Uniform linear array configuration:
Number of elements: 16
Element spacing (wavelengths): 0.75
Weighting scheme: uniform
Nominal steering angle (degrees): -30
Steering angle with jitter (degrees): -30.656
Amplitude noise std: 0.05
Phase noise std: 0.05

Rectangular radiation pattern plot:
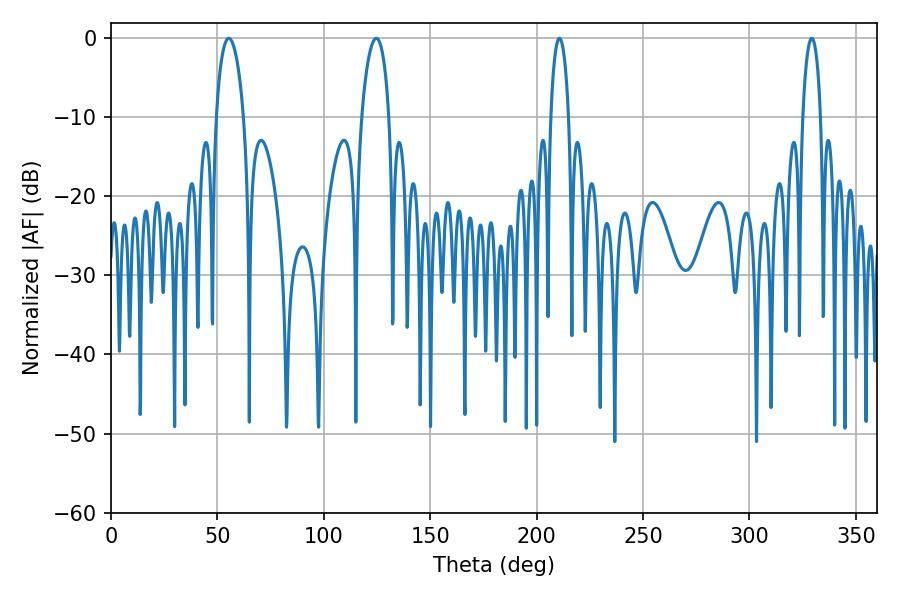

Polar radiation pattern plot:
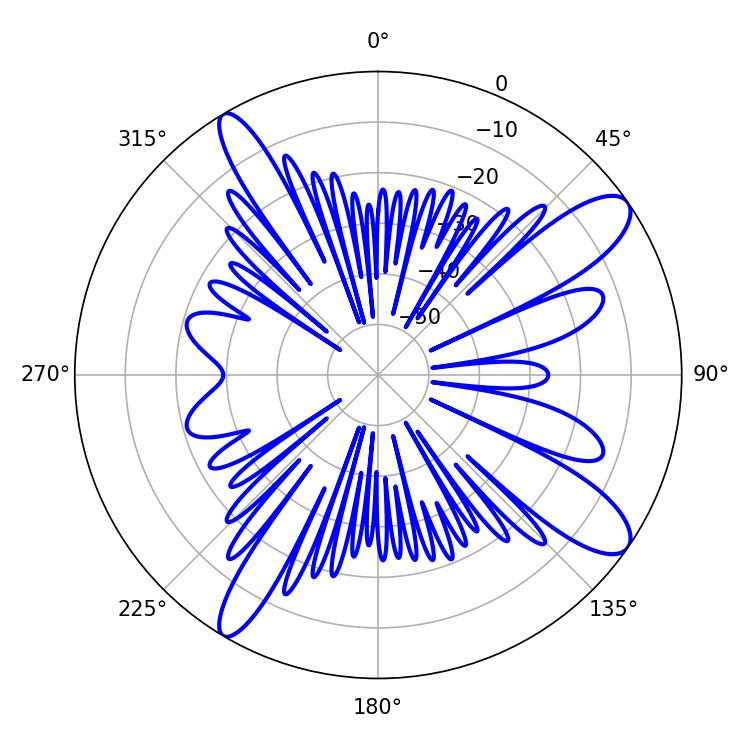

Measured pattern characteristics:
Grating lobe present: TRUE
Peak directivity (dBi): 11.577
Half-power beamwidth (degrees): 7.38
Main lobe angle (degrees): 55.26